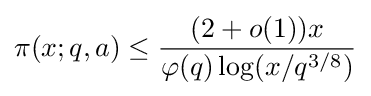
\pi (x;q,a)\leq {(2+o(1))x \over \varphi (q)\log(x/q^{3/8})}